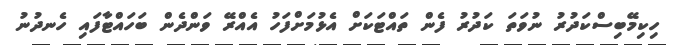
ހިކިމޭބިސްކަދުރު ނުވަތަ ކަދުރު ފެން ތައްޓަކަށް އެޅުމަށްފަހު އެއްރޭ ވަންދެން ބަހައްޓާފައި ހެނދުނު